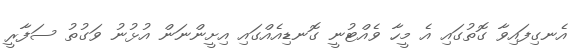
އެނގިފައިވާ ގޮތުގައި އެ މީހާ ވެއްޓުނީ ގޮނޑިއެއްގައި އިށީންނަން އުޅުނު ވަގުތު ސަފާރީ